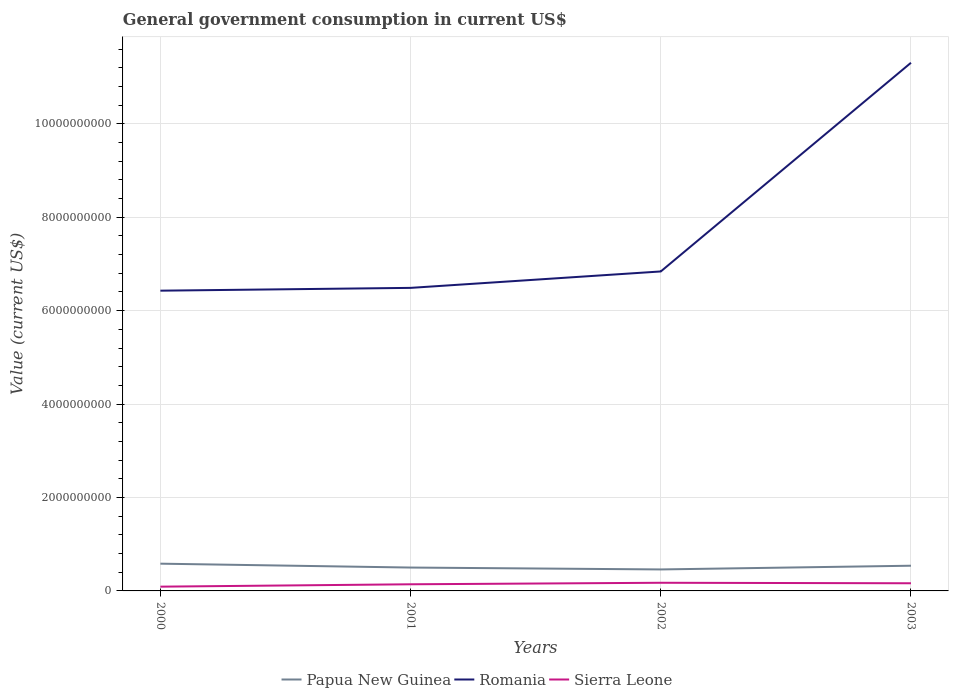
| Years | Papua New Guinea | Romania | Sierra Leone |
 | --- | --- | --- | --- |
 | 2000 | 5.83e+08 | 6.43e+09 | 9.11e+07 |
 | 2001 | 5e+08 | 6.49e+09 | 1.42e+08 |
 | 2002 | 4.6e+08 | 6.84e+09 | 1.75e+08 |
 | 2003 | 5.4e+08 | 1.13e+10 | 1.64e+08 |